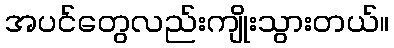
အပင်တွေလည်းကျိုးသွားတယ်။